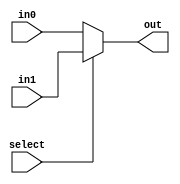
module mux_2_15(select, in0, in1, out);
  input select;
  input [14:0] in0, in1;
  output [14:0] out;
  assign out = select ? in1 : in0;
endmodule